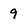
Character: 9